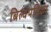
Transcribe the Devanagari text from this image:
बिल्वपत्रिका